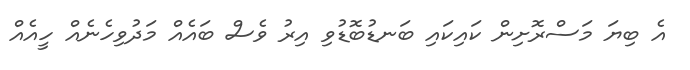
އެ ބިޔަ މަސްރޮށިން ކައިކައި ބަނޑުބޮޑުވި އިރު ވެސް ބައެއް މަދުވިހެނެއް ހީއެއް